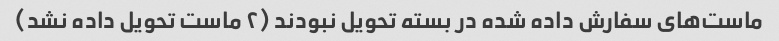
ماست‌های سفارش داده شده در بسته تحویل نبودند (۲ ماست تحویل داده نشد)